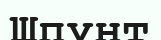
Шпунт